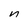
Character: n